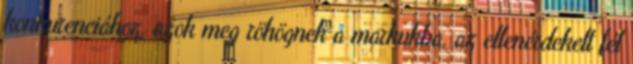
konkurenciához, azok meg röhögnek a markukba, az ellenérdekelt fél